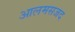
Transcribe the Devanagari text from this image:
आलमसजद